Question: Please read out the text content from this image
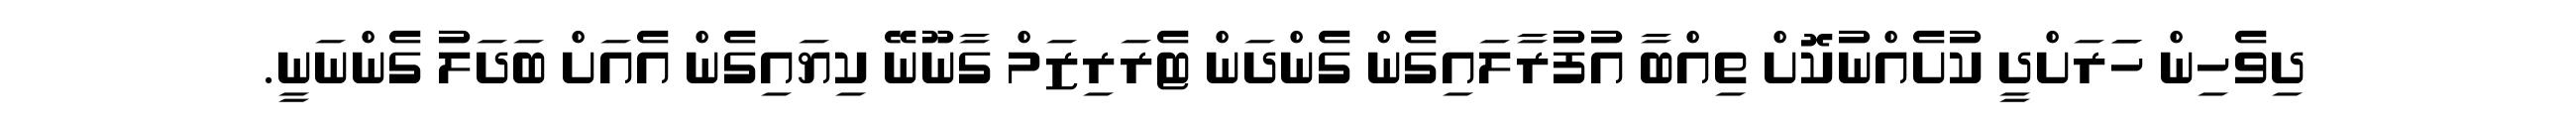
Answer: ދިވެހިން ހަަރަށްދީ ކުށެއްނުކޮށް ތިއްބާ އުފުރާލައިގެން ގެންދަން ޓެރަރިޒަމް ގާނޫނޭ ކިޔައިގެން އެއަށް ބަދަލު ގެންނަނީ.